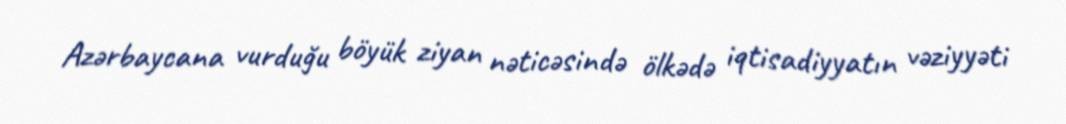
Azərbaycana vurduğu böyük ziyan nəticəsində ölkədə iqtisadiyyatın vəziyyəti